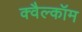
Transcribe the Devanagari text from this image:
क्वैल्कॉम